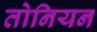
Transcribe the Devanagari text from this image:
तोनियन